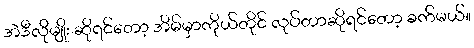
အဲဒီလိုမျိုး ဆိုရင်တော့ အိမ်မှာကိုယ်တိုင် လုပ်တာဆိုရင်တော့ ခက်မယ်။